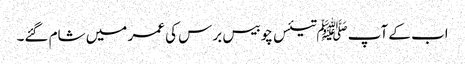
اب کے آپ ﷺتیئس چوبیس برس کی عمر میں شام گئے۔